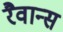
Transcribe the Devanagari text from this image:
रैवान्स